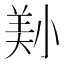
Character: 𡮔